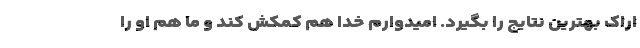
اراک بهترین نتایج را بگیرد. امیدوارم خدا هم کمکش کند و ما هم او را